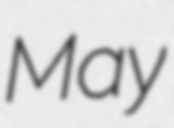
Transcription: May